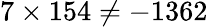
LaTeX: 7\times 154\neq-1362